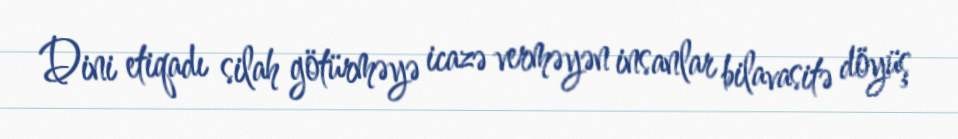
Dini etiqadı silah götürməyə icazə verməyən insanlar bilavasitə döyüş